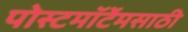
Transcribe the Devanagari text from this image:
पोस्टमॉर्टेमसाठी